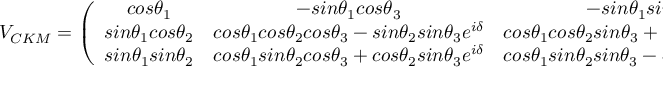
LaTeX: V _ { C K M } = \left( \begin{array} { c c c } { { c o s \theta _ { 1 } } } & { { - s i n \theta _ { 1 } c o s \theta _ { 3 } } } & { { - s i n \theta _ { 1 } s i n \theta _ { 3 } } } \\ { { s i n \theta _ { 1 } c o s \theta _ { 2 } } } & { { c o s \theta _ { 1 } c o s \theta _ { 2 } c o s \theta _ { 3 } - s i n \theta _ { 2 } s i n \theta _ { 3 } e ^ { i \delta } } } & { { c o s \theta _ { 1 } c o s \theta _ { 2 } s i n \theta _ { 3 } + s i n \theta _ { 2 } c o s \theta _ { 3 } e ^ { i \delta } } } \\ { { s i n \theta _ { 1 } s i n \theta _ { 2 } } } & { { c o s \theta _ { 1 } s i n \theta _ { 2 } c o s \theta _ { 3 } + c o s \theta _ { 2 } s i n \theta _ { 3 } e ^ { i \delta } } } & { { c o s \theta _ { 1 } s i n \theta _ { 2 } s i n \theta _ { 3 } - c o s \theta _ { 2 } c o s \theta _ { 3 } e ^ { i \delta } } } \end{array} \right)